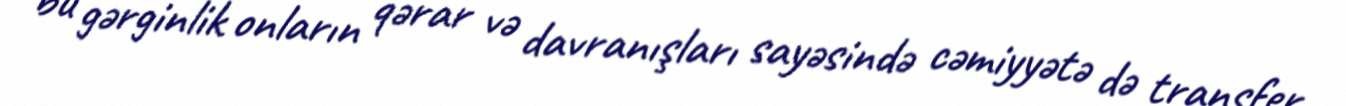
bu gərginlik onların qərar və davranışları sayəsində cəmiyyətə də transfer